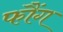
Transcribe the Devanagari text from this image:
फौंग